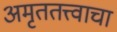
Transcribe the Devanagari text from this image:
अमृततत्त्वाचा